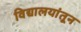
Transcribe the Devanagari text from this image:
विद्यालयांतून